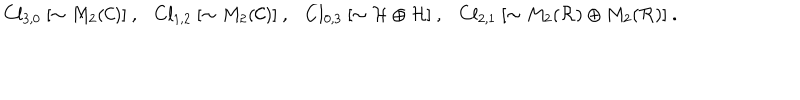
C l _ { 3 , 0 } ~ [ \sim M _ { 2 } ( { \cal C } ) ] ~ , C l _ { 1 , 2 } ~ [ \sim M _ { 2 } ( { \cal C } ) ] ~ , C l _ { 0 , 3 } ~ [ \sim { \cal H } \oplus { \cal H } ] ~ , C l _ { 2 , 1 } ~ [ \sim M _ { 2 } ( { \cal R } ) \oplus M _ { 2 } ( { \cal R } ) ] ~ .